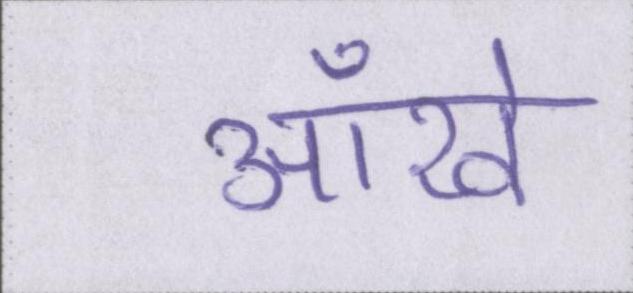
आँखे